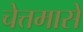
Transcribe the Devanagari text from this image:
चेत्तमासे